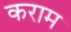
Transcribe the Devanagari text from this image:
कराम